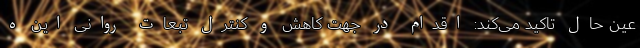
عین حال تاکید می‌کند: اقدام در جهت کاهش و کنترل تبعات روانی این ه